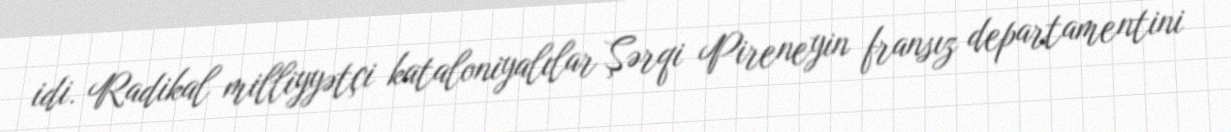
idi. Radikal milliyyətçi kataloniyalılar Şərqi Pireneyin fransız departamentini